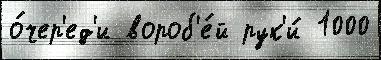
о́чер'ед'и вороб'е́й рук'и́ 1000